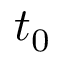
t _ { 0 }